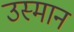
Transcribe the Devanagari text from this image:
उस्‍मान